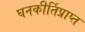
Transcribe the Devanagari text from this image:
घनकीर्तिप्राप्त